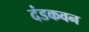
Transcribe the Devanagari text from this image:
दंडकवन